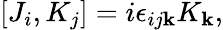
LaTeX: [J_{i},K_{j}]=i\epsilon_{ij\mathbf{k}}K_{\mathbf{k}},